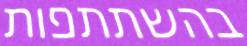
בהשתתפות